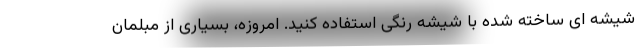
شیشه ای ساخته شده با شیشه رنگی استفاده کنید. امروزه، بسیاری از مبلمان